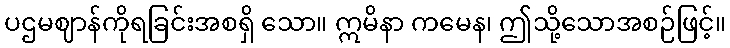
ပဌမဈာန်ကိုရခြင်းအစရှိ သော။ ဣမိနာ ကမေန၊ ဤသို့သောအစဉ်ဖြင့်။